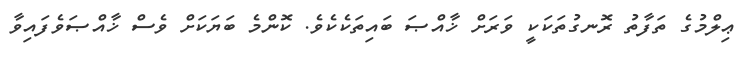
ޢިލްމުގެ ތަފާތު ރޮނގުތަކަކީ ވަރަށް ޚާއްޞަ ބައިތަކެކެވެ. ކޮންމެ ބަޔަކަށް ވެސް ޚާއްޞަވެފައިވާ